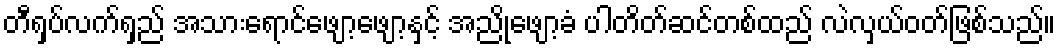
တီရှပ်လက်ရှည် အသားရောင်ဖျော့ဖျော့နှင့် အညိုဖျော့ခံ ပါတိတ်ဆင်တစ်ထည် လဲလှယ်ဝတ်ဖြစ်သည်။